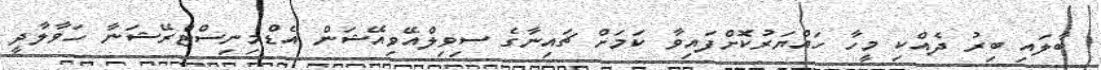
ބާލައި ބިރު ދެއްކި މީހާ ހައްޔަރުކޮށްފައިވާ ކަމަށް ޗައިނާގެ ސިވިލްއޭވިއޭޝަން އެޑްމިނިސްޓްރޭޝަނާ ހަވާލާދީ